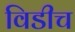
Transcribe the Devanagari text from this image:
विडीच